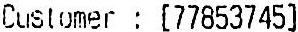
CUSTOMER : [77853745]